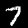
Label: 7